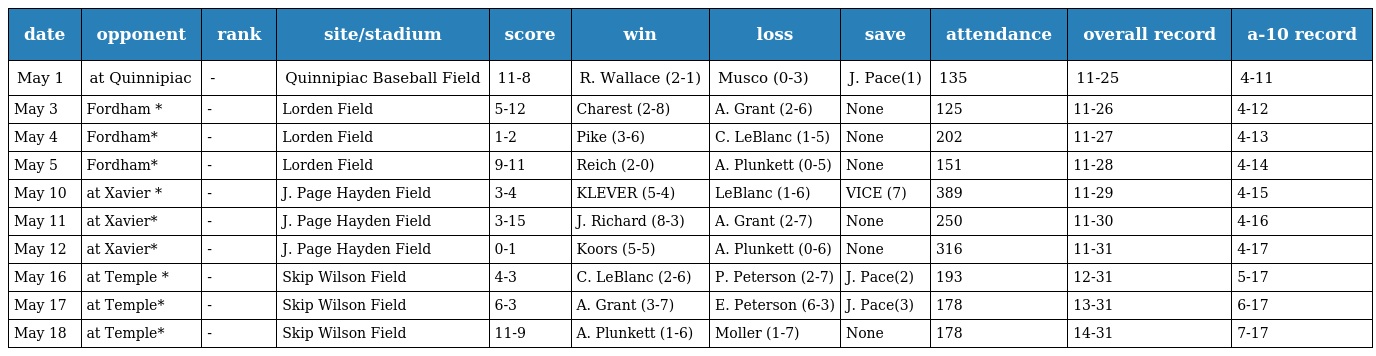
| date | opponent | rank | site/stadium | score | win | loss | save | attendance | overall record | a-10 record |
 | --- | --- | --- | --- | --- | --- | --- | --- | --- | --- | --- |
 | May 1 | at Quinnipiac | - | Quinnipiac Baseball Field | 11-8 | R. Wallace (2-1) | Musco (0-3) | J. Pace(1) | 135 | 11-25 | 4-11 |
 | May 3 | Fordham * | - | Lorden Field | 5-12 | Charest (2-8) | A. Grant (2-6) | None | 125 | 11-26 | 4-12 |
 | May 4 | Fordham* | - | Lorden Field | 1-2 | Pike (3-6) | C. LeBlanc (1-5) | None | 202 | 11-27 | 4-13 |
 | May 5 | Fordham* | - | Lorden Field | 9-11 | Reich (2-0) | A. Plunkett (0-5) | None | 151 | 11-28 | 4-14 |
 | May 10 | at Xavier * | - | J. Page Hayden Field | 3-4 | KLEVER (5-4) | LeBlanc (1-6) | VICE (7) | 389 | 11-29 | 4-15 |
 | May 11 | at Xavier* | - | J. Page Hayden Field | 3-15 | J. Richard (8-3) | A. Grant (2-7) | None | 250 | 11-30 | 4-16 |
 | May 12 | at Xavier* | - | J. Page Hayden Field | 0-1 | Koors (5-5) | A. Plunkett (0-6) | None | 316 | 11-31 | 4-17 |
 | May 16 | at Temple * | - | Skip Wilson Field | 4-3 | C. LeBlanc (2-6) | P. Peterson (2-7) | J. Pace(2) | 193 | 12-31 | 5-17 |
 | May 17 | at Temple* | - | Skip Wilson Field | 6-3 | A. Grant (3-7) | E. Peterson (6-3) | J. Pace(3) | 178 | 13-31 | 6-17 |
 | May 18 | at Temple* | - | Skip Wilson Field | 11-9 | A. Plunkett (1-6) | Moller (1-7) | None | 178 | 14-31 | 7-17 |